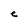
Character: e